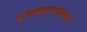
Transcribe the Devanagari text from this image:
टणत्काराप्रमाणे